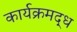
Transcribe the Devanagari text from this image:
कार्यक्रमद्ध